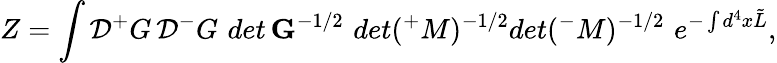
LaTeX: Z=\int{\cal D}{^+}G\, {\cal D}{^-}G\, \, det\, {\mathbf G}^{-1/2}\, \, det({^+}M)^{-1/2}det({^-}M)^{-1/2}\, \, e^{-\int d^{4}x\tilde{L}},